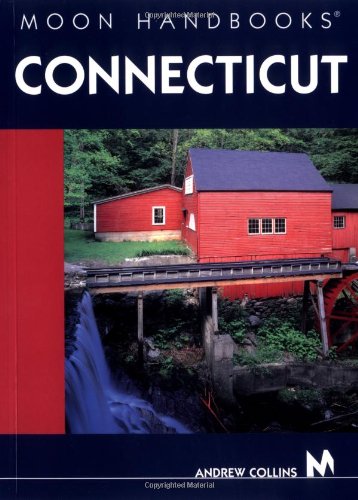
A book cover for Moon Handbooks Connecticut; Andrew Collins; Travel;